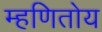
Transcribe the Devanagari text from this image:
म्हणितोय